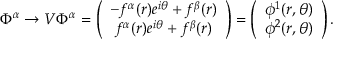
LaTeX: \Phi ^ { \alpha } \rightarrow V \Phi ^ { \alpha } = \left( \begin{array} { c } { { - f ^ { \alpha } ( r ) e ^ { i \theta } + f ^ { \beta } ( r ) } } \\ { { f ^ { \alpha } ( r ) e ^ { i \theta } + f ^ { \beta } ( r ) } } \end{array} \right) = \left( \begin{array} { c } { { \phi ^ { 1 } ( r , \theta ) } } \\ { { \phi ^ { 2 } ( r , \theta ) } } \end{array} \right) .